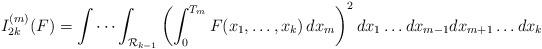
LaTeX: \begin{align*}I_{2k}^{(m)}(F)= \idotsint_{\mathcal{R}_{k-1}} \left( \int_0^{T_m} F(x_1,\dots,x_k) \, dx_m\right)^2 dx_1 \dots dx_{m-1}dx_{m+1}\dots dx_k \end{align*}